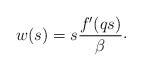
LaTeX: \begin{align*} w(s) = s{\frac{f'(qs)} {\beta}}\raise 1.5pt\hbox{.}\end{align*}